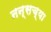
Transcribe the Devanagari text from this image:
नन्सच्या